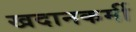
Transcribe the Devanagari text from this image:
खदानकर्मी